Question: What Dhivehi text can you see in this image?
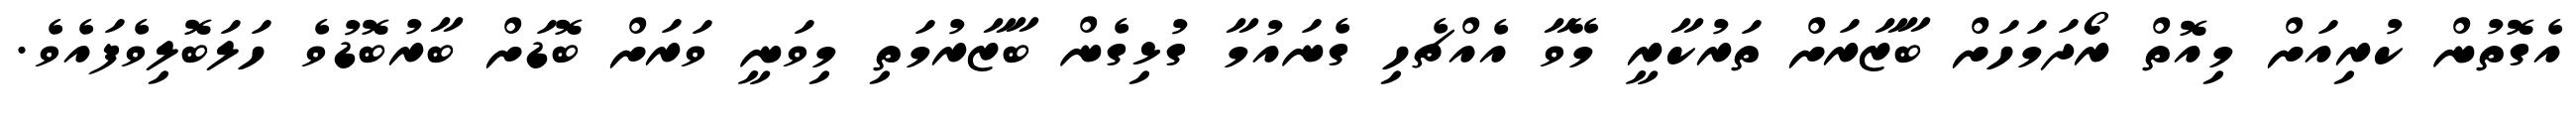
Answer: އެގޮތުން ކުރިއަށް މިއޮތް ރޯދަމަހަށް ބާޒާރަށް ތަރުކާރީ މޭވާ އެއްޗެހި ގެނައުމާ ގުޅިގެން ބާޒާރުމަތި މިވަނީ ވަރަށް ބޮޑަށް ބާރުބޮޑުވެ ހަލަބޮލިވެފައެވެ.